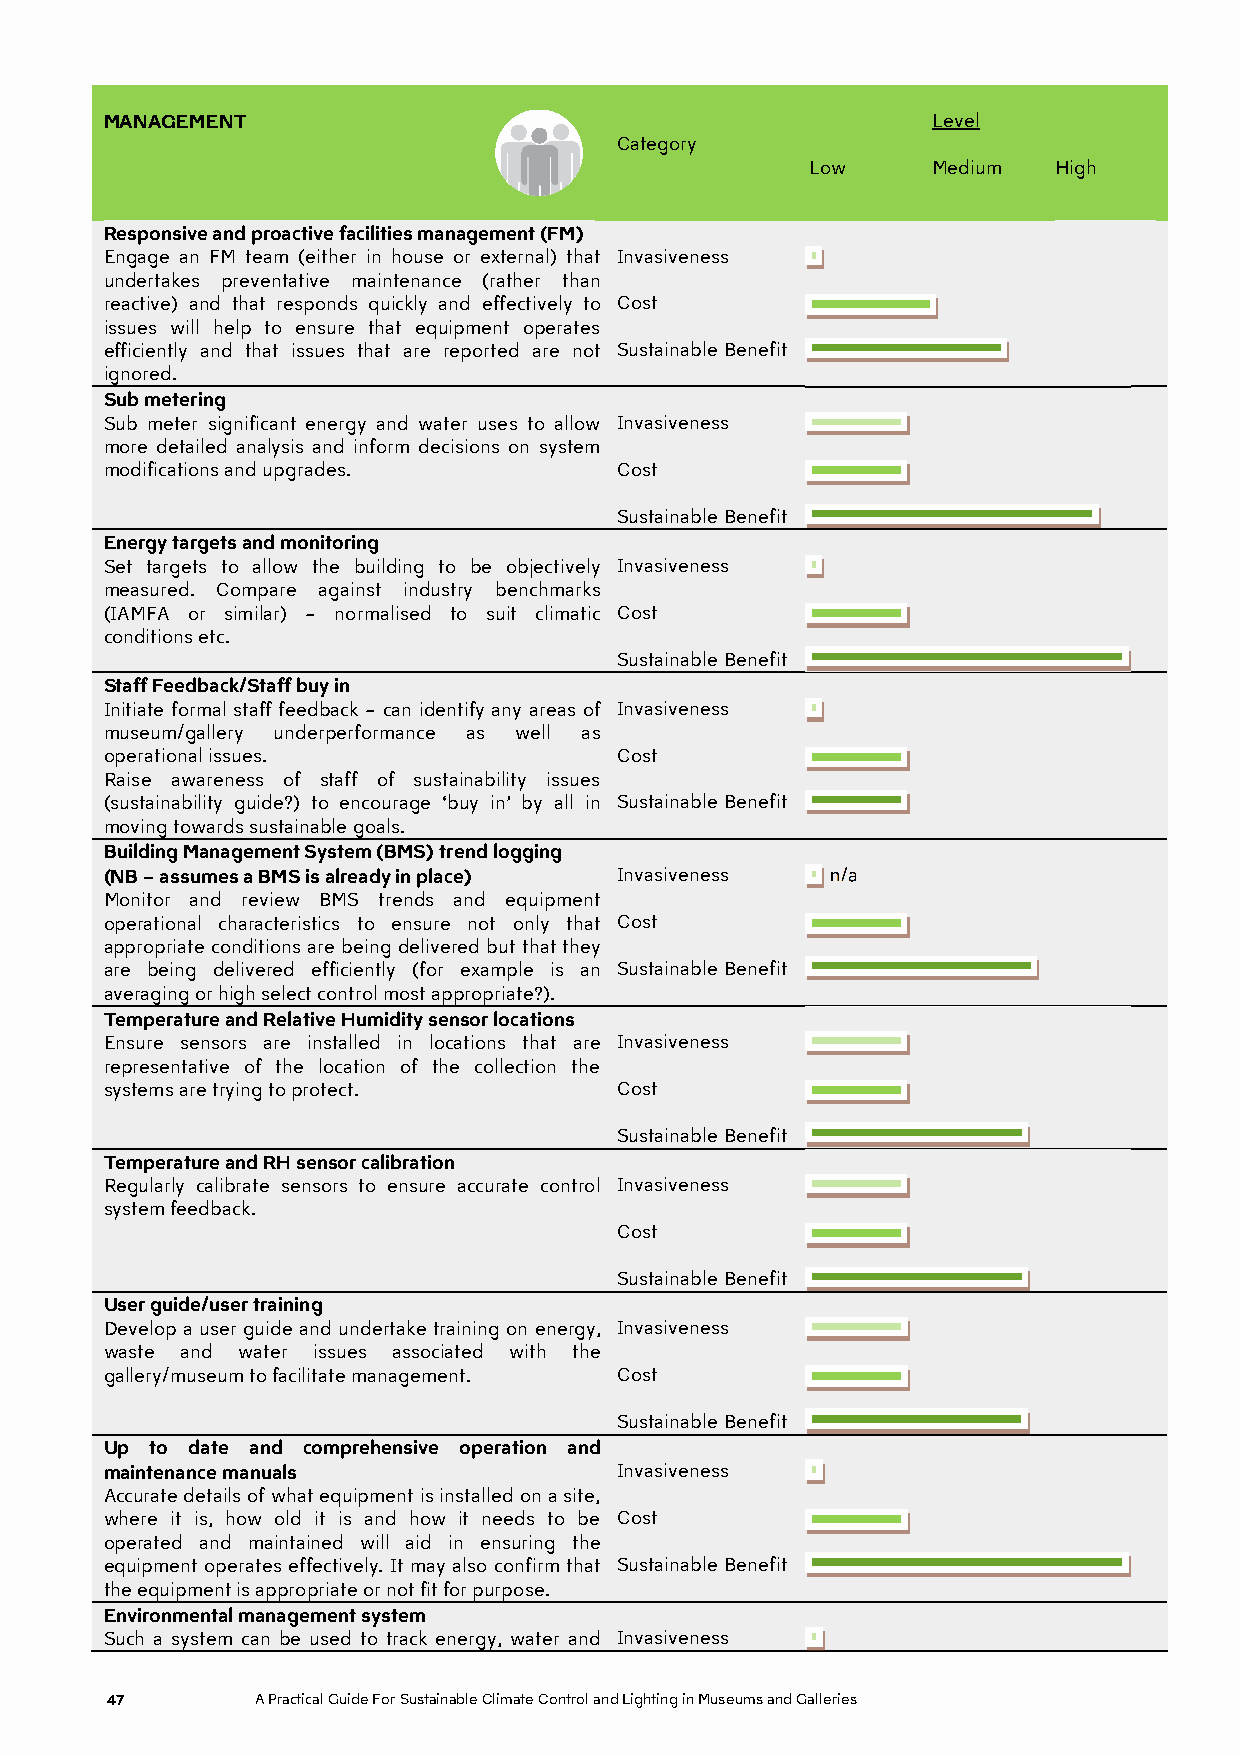
MANAGEMENT                                             Level
 Category
 Low     Medium  High
 Responsive and proactive facilities management (FM)
 Engage an FM team (either in house or external) that Invasiveness
 undertakes preventative maintenance (rather than
 reactive) and that responds quickly and effectively to Cost
 issues will help to ensure that equipment operates
 efficiently and that issues that are reported are not Sustainable Benefit
 ignored.
 Sub metering
 Sub meter significant energy and water uses to allow Invasiveness
 more detailed analysis and inform decisions on system
 modifications and upgrades.       Cost
 Sustainable Benefit
 Energy targets and monitoring
 Set targets to allow the building to be objectively Invasiveness
 measured. Compare against industry benchmarks
 (IAMFA or similar) – normalised to suit climatic Cost
 conditions etc.
 Sustainable Benefit
 Staff Feedback/Staff buy in
 Initiate formal staff feedback – can identify any areas of Invasiveness
 museum/gallery underperformance as well as
 operational issues.               Cost
 Raise awareness of staff of sustainability issues
 (sustainability guide?) to encourage ‘buy in’ by all in Sustainable Benefit
 moving towards sustainable goals.
 Building Management System (BMS) trend logging
 (NB – assumes a BMS is already in place) Invasiveness n/a
 Monitor and review BMS trends and equipment
 operational characteristics to ensure not only that Cost
 appropriate conditions are being delivered but that they
 are being delivered efficiently (for example is an Sustainable Benefit
 averaging or high select control most appropriate?).
 Temperature and Relative Humidity sensor locations
 Ensure sensors are installed in locations that are Invasiveness
 representative of the location of the collection the
 systems are trying to protect.    Cost
 Sustainable Benefit
 Temperature and RH sensor calibration
 Regularly calibrate sensors to ensure accurate control Invasiveness
 system feedback.
 Cost
 Sustainable Benefit
 User guide/user training
 Develop a user guide and undertake training on energy, Invasiveness
 waste and water issues associated with the
 gallery/museum to facilitate management. Cost
 Sustainable Benefit
 Up to date and comprehensive operation and
 maintenance manuals               Invasiveness
 Accurate details of what equipment is installed on a site,
 where it is, how old it is and how it needs to be Cost
 operated and maintained will aid in ensuring the
 equipment operates effectively. It may also confirm that Sustainable Benefit
 the equipment is appropriate or not fit for purpose.
 Environmental management system
 Such a system can be used to track energy, water and Invasiveness
 47        A Practical Guide For Sustainable Climate Control and Lighting in Museums and Galleries